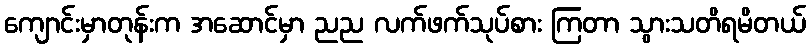
ကျောင်းမှာတုန်းက အဆောင်မှာ ညည လက်ဖက်သုပ်စား ကြတာ သွားသတိရမိတယ်